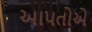
આપતોએ